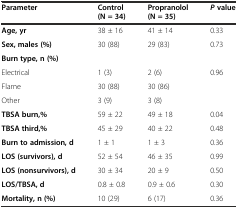
| Parameter | Control (N = 34) | Propranolol (N = 35) | Pvalue |
 | --- | --- | --- | --- |
 | Age, yr | 38 ± 16 | 41 ± 14 | 0.33 |
 | Sex, males (%) | 30 (88) | 29 (83) | 0.73 |
 | Burn type, n (%) |  |  |  |
 | Electrical | 1 (3) | 2 (6) | <ROWSPAN=3> 0.96 |
 | Flame | 30 (88) | 30 (86) |
 | Other | 3 (9) | 3 (8) |
 | TBSA burn,% | 59 ± 22 | 49 ± 18 | 0.04 |
 | TBSA third,% | 45 ± 29 | 40 ± 22 | 0.48 |
 | Burn to admission, d | 1 ± 1 | 1 ± 3 | 0.36 |
 | LOS (survivors), d | 52 ± 54 | 46 ± 35 | 0.99 |
 | LOS (nonsurvivors), d | 30 ± 34 | 20 ± 9 | 0.50 |
 | LOS/TBSA, d | 0.8 ± 0.8 | 0.9 ± 0.6 | 0.30 |
 | Mortality, n (%) | 10 (29) | 6 (17) | 0.36 |